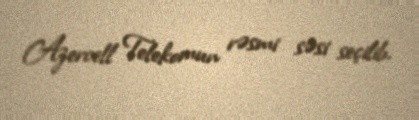
Azercell Telekomun rəsmi səsi seçilib.